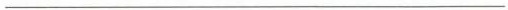
___